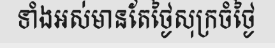
ទាំងអស់មានតែថ្ងៃសុក្រចំថ្ងៃ